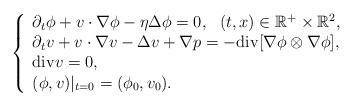
LaTeX: \begin{align*} \left\{ \begin{array}{l} \partial_t \phi +v\cdot\nabla \phi-\eta\Delta\phi=0,\ \ (t,x)\in\mathbb{R}^+\times\mathbb{R}^2,\\ \partial_t v+v\cdot\nabla v-\Delta v+\nabla p=-\mathrm{div}[\nabla \phi\otimes\nabla \phi],\\ \mathrm{div}v=0,\\ (\phi,v)|_{t=0}=(\phi_0,v_0). \end{array} \right.\end{align*}